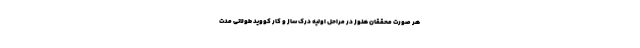
هر صورت محققان هنوز در مراحل اولیه درک ساز و کار کووید طولانی مدت